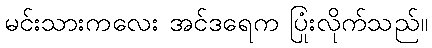
မင်းသားကလေး အင်ဒရေက ပြုံးလိုက်သည်။